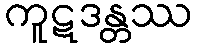
ကူဋဒန္တဿ